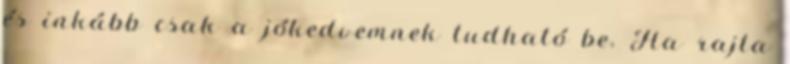
és inkább csak a jókedvemnek tudható be. Ha rajta